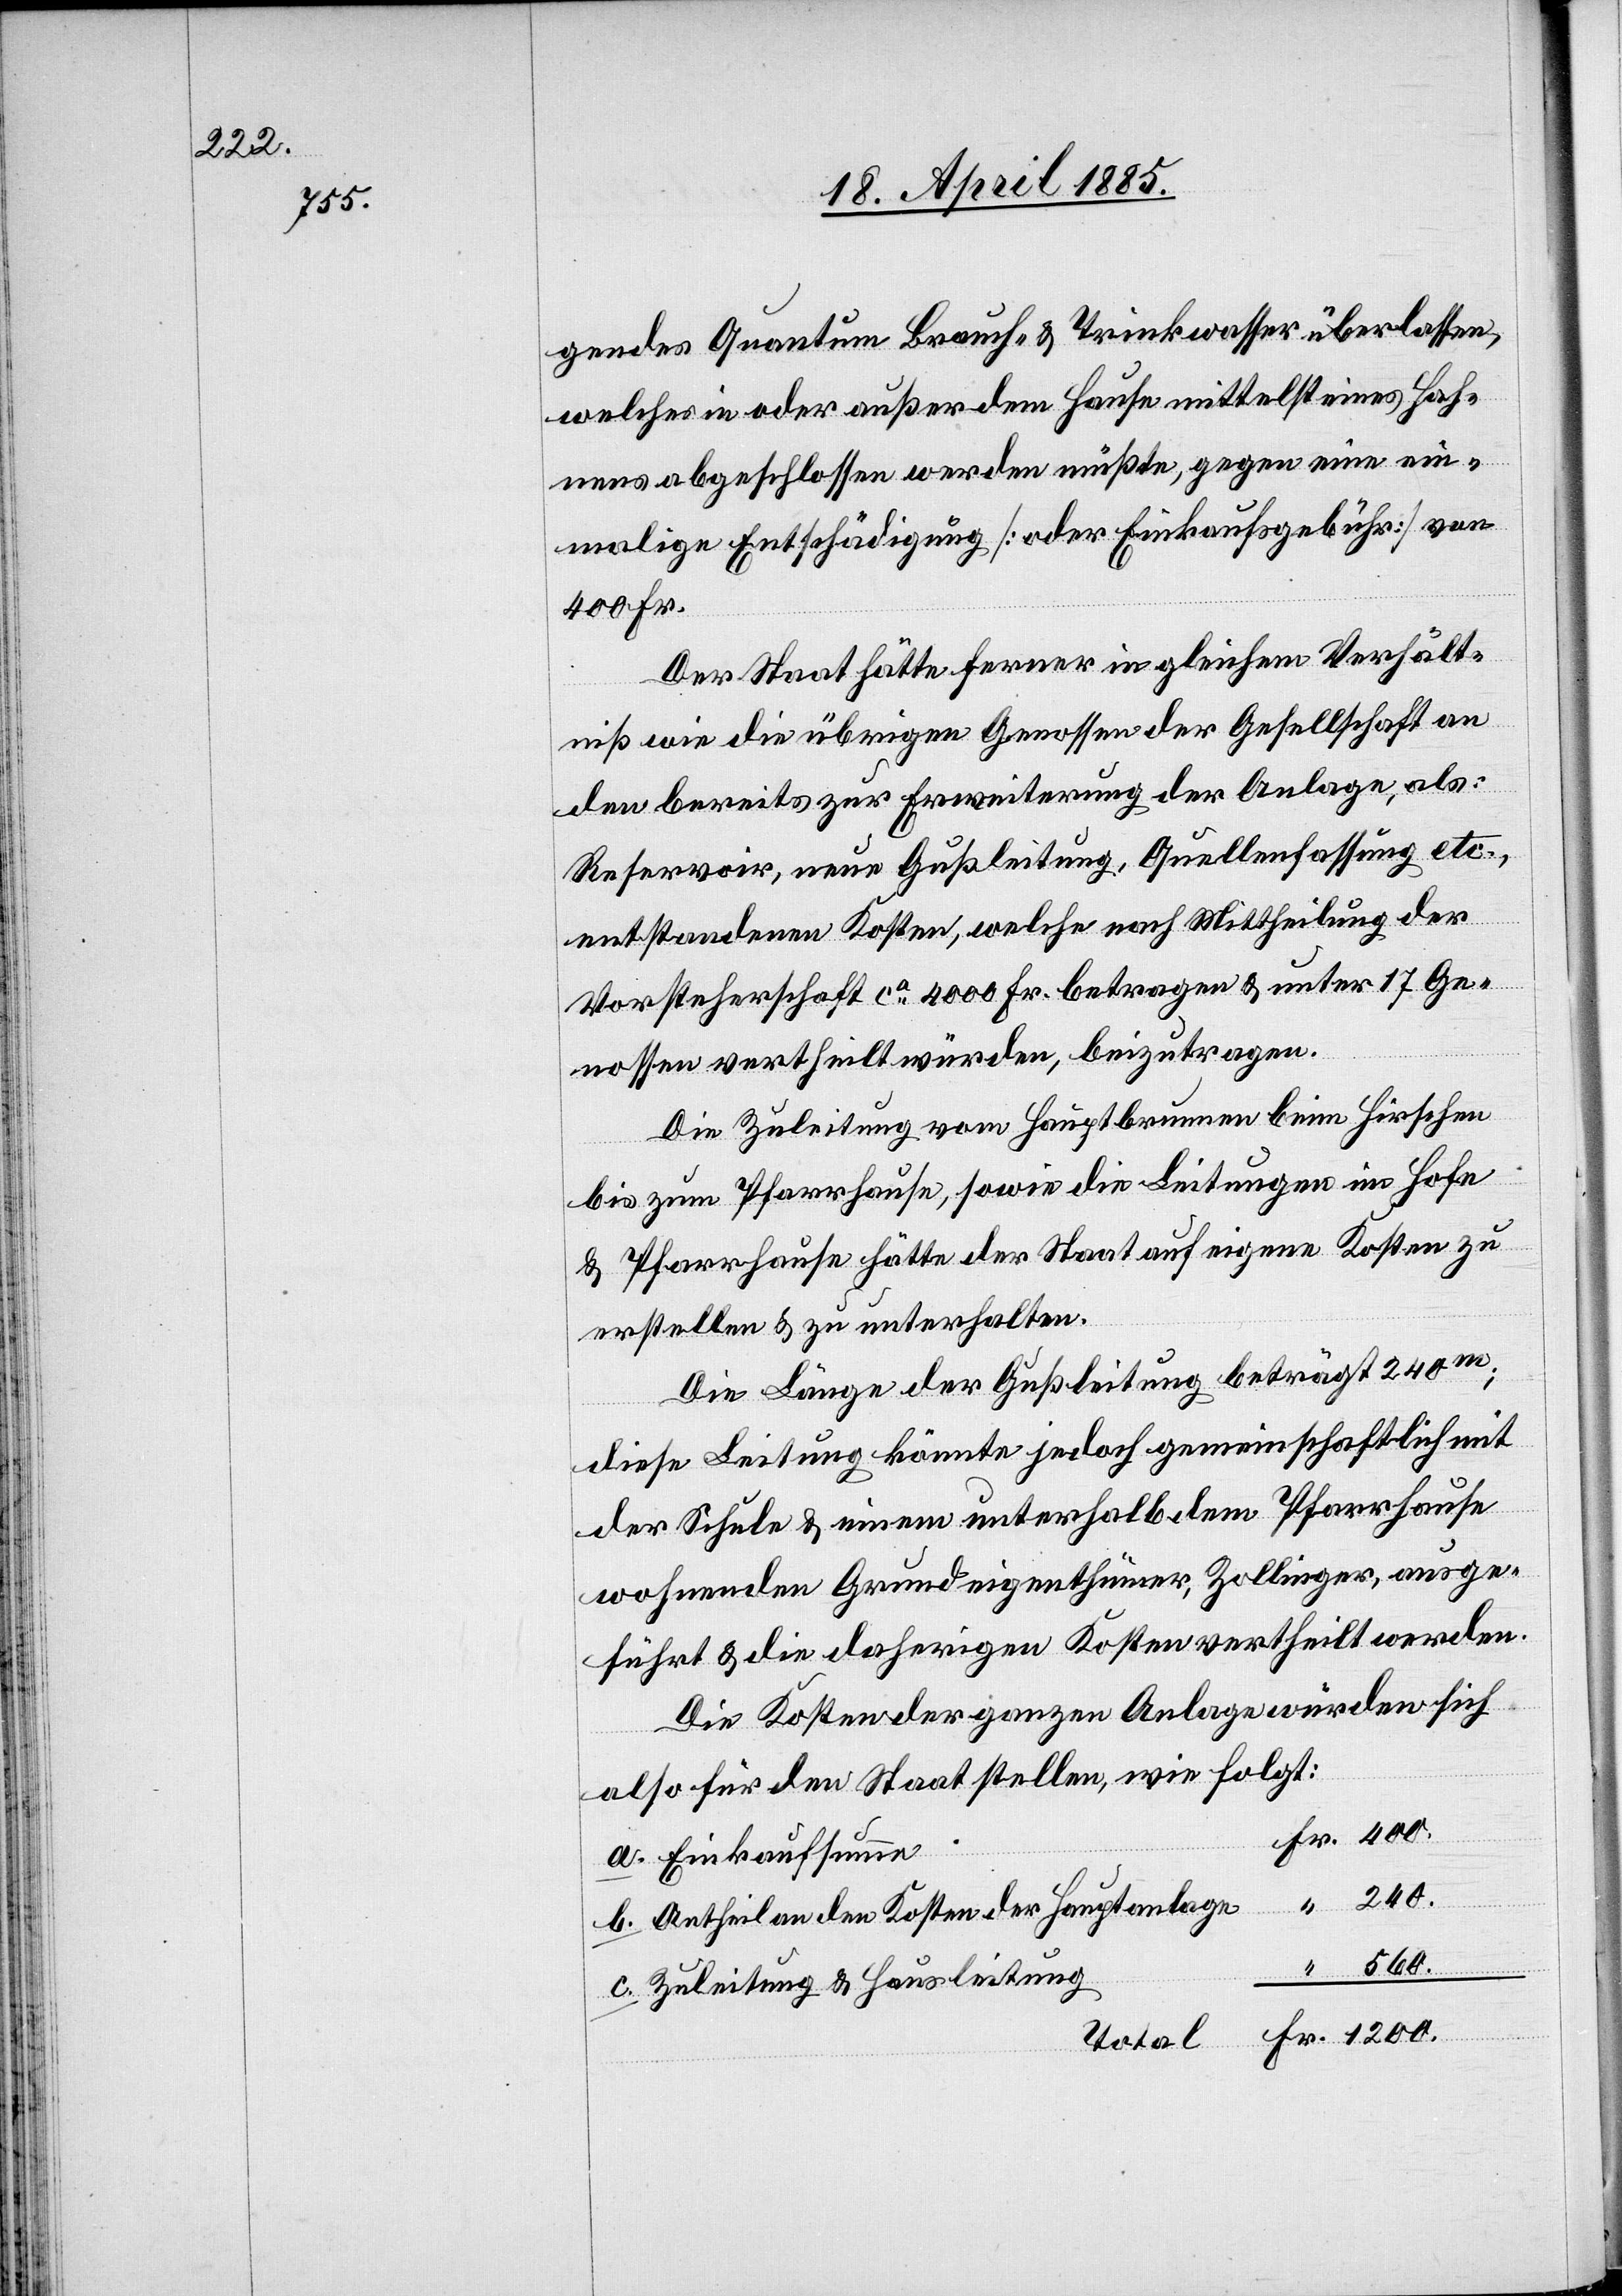
gendes Quantum Brauch- & Trinkwasser überlassen,
welches in oder außer dem Hause mittelst eines Hah¬
nens abgeschlossen werden müßte, gegen eine ein¬
malige Entschädigung [oder Einkaufsgebühr] von
400 Fr.
Der Staat hätte ferner in gleichem Verhält¬
ren
niß wie die übrigen Genossen der Gesellschaft an
den bereits zur Erweiterung der Anlage als:
Reservoir, neue Gußleitung, Quellenfassung etc.,
entstandenen Kosten, welche nach Mittheilung der
Vorsteherschaft ca 4000 Fr. betragen & unter 17 Ge¬
nossen vertheilt würden, beizutragen.
Die Zuleitung vom Hauptbrunnen beim Hirschen
bis zum Pfarrhause, sowie die Leitungen im Hofe
& Pfarrhause hätte der Staat auf eigene Kosten zu
erstellen & zu unterhalten.
Die Länge der Gußleitung beträgt 240 m;
diese Leitung könnte jedoch gemeinschaftlich mit
der Schule & einem unterhalb dem Pfarrhause
wohnenden Grundeigenthümer, Zollinger, ausge¬
führt & die daherigen Kosten vertheilt werden.
Die Kosten der ganzen Anlage würden sich
also für den Staat stellen, wie folgt:
Antheil an den Kosten der Hauptanlage
560.
c.
Zuleitung & Hausleitung
Total